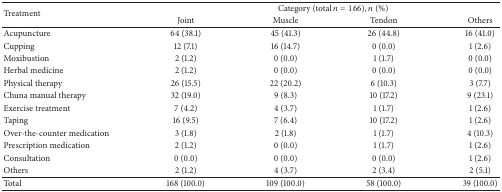
| <ROWSPAN=2> Treatment | <COLSPAN=4> Category (total n = 166), n (%) |
 | Joint | Muscle | Tendon | Others |
 | --- | --- | --- | --- | --- |
 | Acupuncture | 64 (38.1) | 45 (41.3) | 26 (44.8) | 16 (41.0) |
 | Cupping | 12 (7.1) | 16 (14.7) | 0 (0.0) | 1 (2.6) |
 | Moxibustion | 2 (1.2) | 0 (0.0) | 1 (1.7) | 0 (0.0) |
 | Herbal medicine | 2 (1.2) | 0 (0.0) | 0 (0.0) | 0 (0.0) |
 | Physical therapy | 26 (15.5) | 22 (20.2) | 6 (10.3) | 3 (7.7) |
 | Chuna manual therapy | 32 (19.0) | 9 (8.3) | 10 (17.2) | 9 (23.1) |
 | Exercise treatment | 7 (4.2) | 4 (3.7) | 1 (1.7) | 1 (2.6) |
 | Taping | 16 (9.5) | 7 (6.4) | 10 (17.2) | 1 (2.6) |
 | Over-the-counter medication | 3 (1.8) | 2 (1.8) | 1 (1.7) | 4 (10.3) |
 | Prescription medication | 2 (1.2) | 0 (0.0) | 1 (1.7) | 1 (2.6) |
 | Consultation | 0 (0.0) | 0 (0.0) | 0 (0.0) | 1 (2.6) |
 | Others | 2 (1.2) | 4 (3.7) | 2 (3.4) | 2 (5.1) |
 | Total | 168 (100.0) | 109 (100.0) | 58 (100.0) | 39 (100.0) |